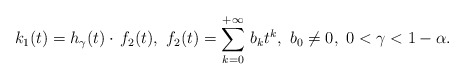
\begin{align*}k_1(t) = h_{\gamma}(t) \cdot \, f_2(t),\ f_2(t)=\sum_{k=0}^{+\infty}\, b_k t^k, \ b_0 \not = 0,\ 0<\gamma<1-\alpha.\end{align*}